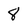
Character: 8